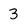
Character: 3